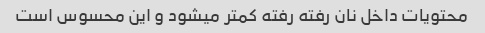
محتویات داخل نان رفته رفته کمتر میشود و این محسوس است